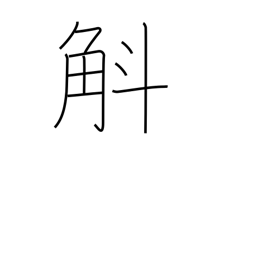
Meaning: ten to